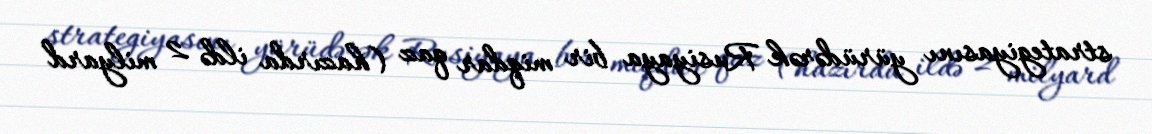
strategiyasını yürüdərək Rusiyaya bir miqdar qaz (hazırda ildə 2 milyard